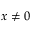
x \ne 0